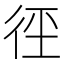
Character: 𭛩